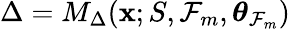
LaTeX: \Delta=M_{\Delta}(\mathbf{x};S,\mathcal{F}_{m},\boldsymbol{\theta}_{\mathcal{F}_{m}})